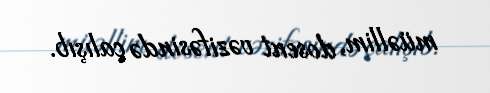
müəllim, dosent vəzifəsində çalışıb.